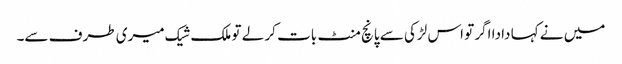
میں نے کہا دادا اگر تو اس لڑکی سے پانچ منٹ بات کر لے تو ملک شیک میری طرف سے۔